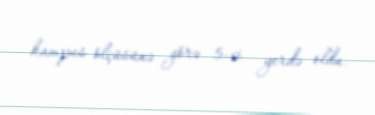
kampus ölçüsünə görə 5-ci yerdə oldu.